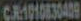
CR1010830409